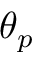
\theta _ { p }